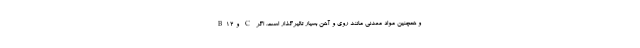
B12 و C و همچنین مواد معدنی مانند روی و آهن بسیار تاثیرگذار است. اگر